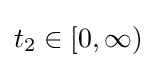
t_{2}\in [0,\infty )